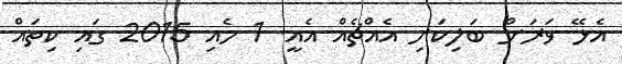
އެޅޭ ވަރަށް ބަލިކަށި އެއްޗެއް އެއީ. 1 މެއި 2015 ގައި ކިތައް